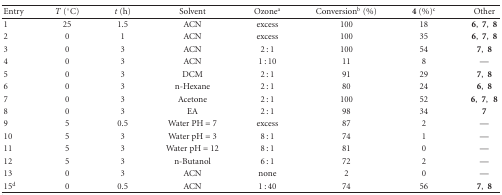
<table><thead><tr><td><b>Entry</b></td><td><b><i>T</i> (°C)</b></td><td><b><i>t</i> (h)</b></td><td><b>Solvent</b></td><td><b>Ozone<sup>a</sup></b></td><td><b>Conversion<sup>b</sup> (%)</b></td><td><b>4 (%)<sup>c</sup></b></td><td><b>Other</b></td></tr></thead><tbody><tr><td>1</td><td>25</td><td>1.5</td><td>ACN</td><td>excess</td><td>100</td><td>18</td><td>6, 7, 8</td></tr><tr><td>2</td><td>0</td><td>1</td><td>ACN</td><td>excess</td><td>100</td><td>35</td><td>6, 7, 8</td></tr><tr><td>3</td><td>0</td><td>3</td><td>ACN</td><td>2 : 1</td><td>100</td><td>54</td><td>7, 8</td></tr><tr><td>4</td><td>0 </td><td>3</td><td>ACN</td><td>1 : 10</td><td>11</td><td>8</td><td>—</td></tr><tr><td>5</td><td>0 </td><td>3</td><td>DCM</td><td>2 : 1</td><td>91</td><td>29</td><td>7, 8</td></tr><tr><td>6</td><td>0</td><td>3</td><td>n-Hexane</td><td>2 : 1</td><td>80</td><td>24</td><td>6, 8</td></tr><tr><td>7</td><td>0</td><td>3</td><td>Acetone</td><td>2 : 1</td><td>100</td><td>52</td><td>6,7,8</td></tr><tr><td>8</td><td>0</td><td>3</td><td>EA</td><td>2 : 1</td><td>98</td><td>34</td><td><b>7</b></td></tr><tr><td>9</td><td>5</td><td>0.5</td><td>Water PH = 7</td><td>excess</td><td>87</td><td>2</td><td>—</td></tr><tr><td>10</td><td>5</td><td>3</td><td>Water pH = 3</td><td>8 : 1</td><td>74</td><td>1</td><td>—</td></tr><tr><td>11</td><td>5</td><td>3</td><td>Water pH = 12</td><td>8 : 1</td><td>81</td><td>0</td><td>—</td></tr><tr><td>12</td><td>5</td><td>3</td><td>n-Butanol</td><td>6 : 1</td><td>72</td><td>2</td><td>—</td></tr><tr><td>13</td><td>0</td><td>3</td><td>ACN</td><td>none</td><td>2</td><td>0</td><td>—</td></tr><tr><td>15<sup>d</sup></td><td>0</td><td>0.5</td><td>ACN</td><td>1 : 40</td><td>74</td><td>56</td><td>7, 8</td></tr></tbody></table>